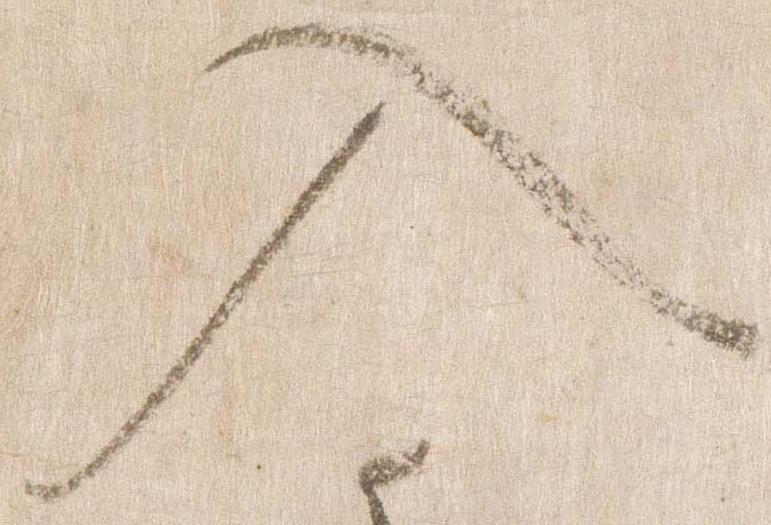
入